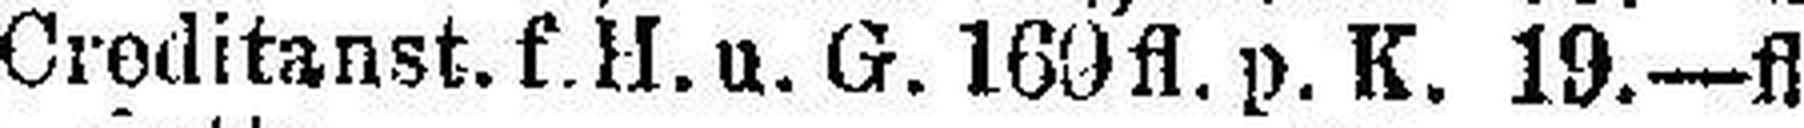
Creditanst. f.H.u. G. 160fl. p. K. 19.—fl.